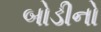
બોડીનો